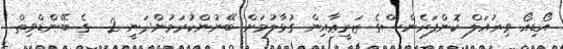
އޯޑިއޯ ވިޜުއަލް ކޮންފަރެންސްގެ ޒަރީޢާއިން ގުޅާލުމަށް ބޭނުންކުރަމުންދަނީ 2  ގެ ބޭންޑްވިތް